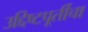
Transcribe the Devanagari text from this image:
उद्दिष्टपूर्तीचा